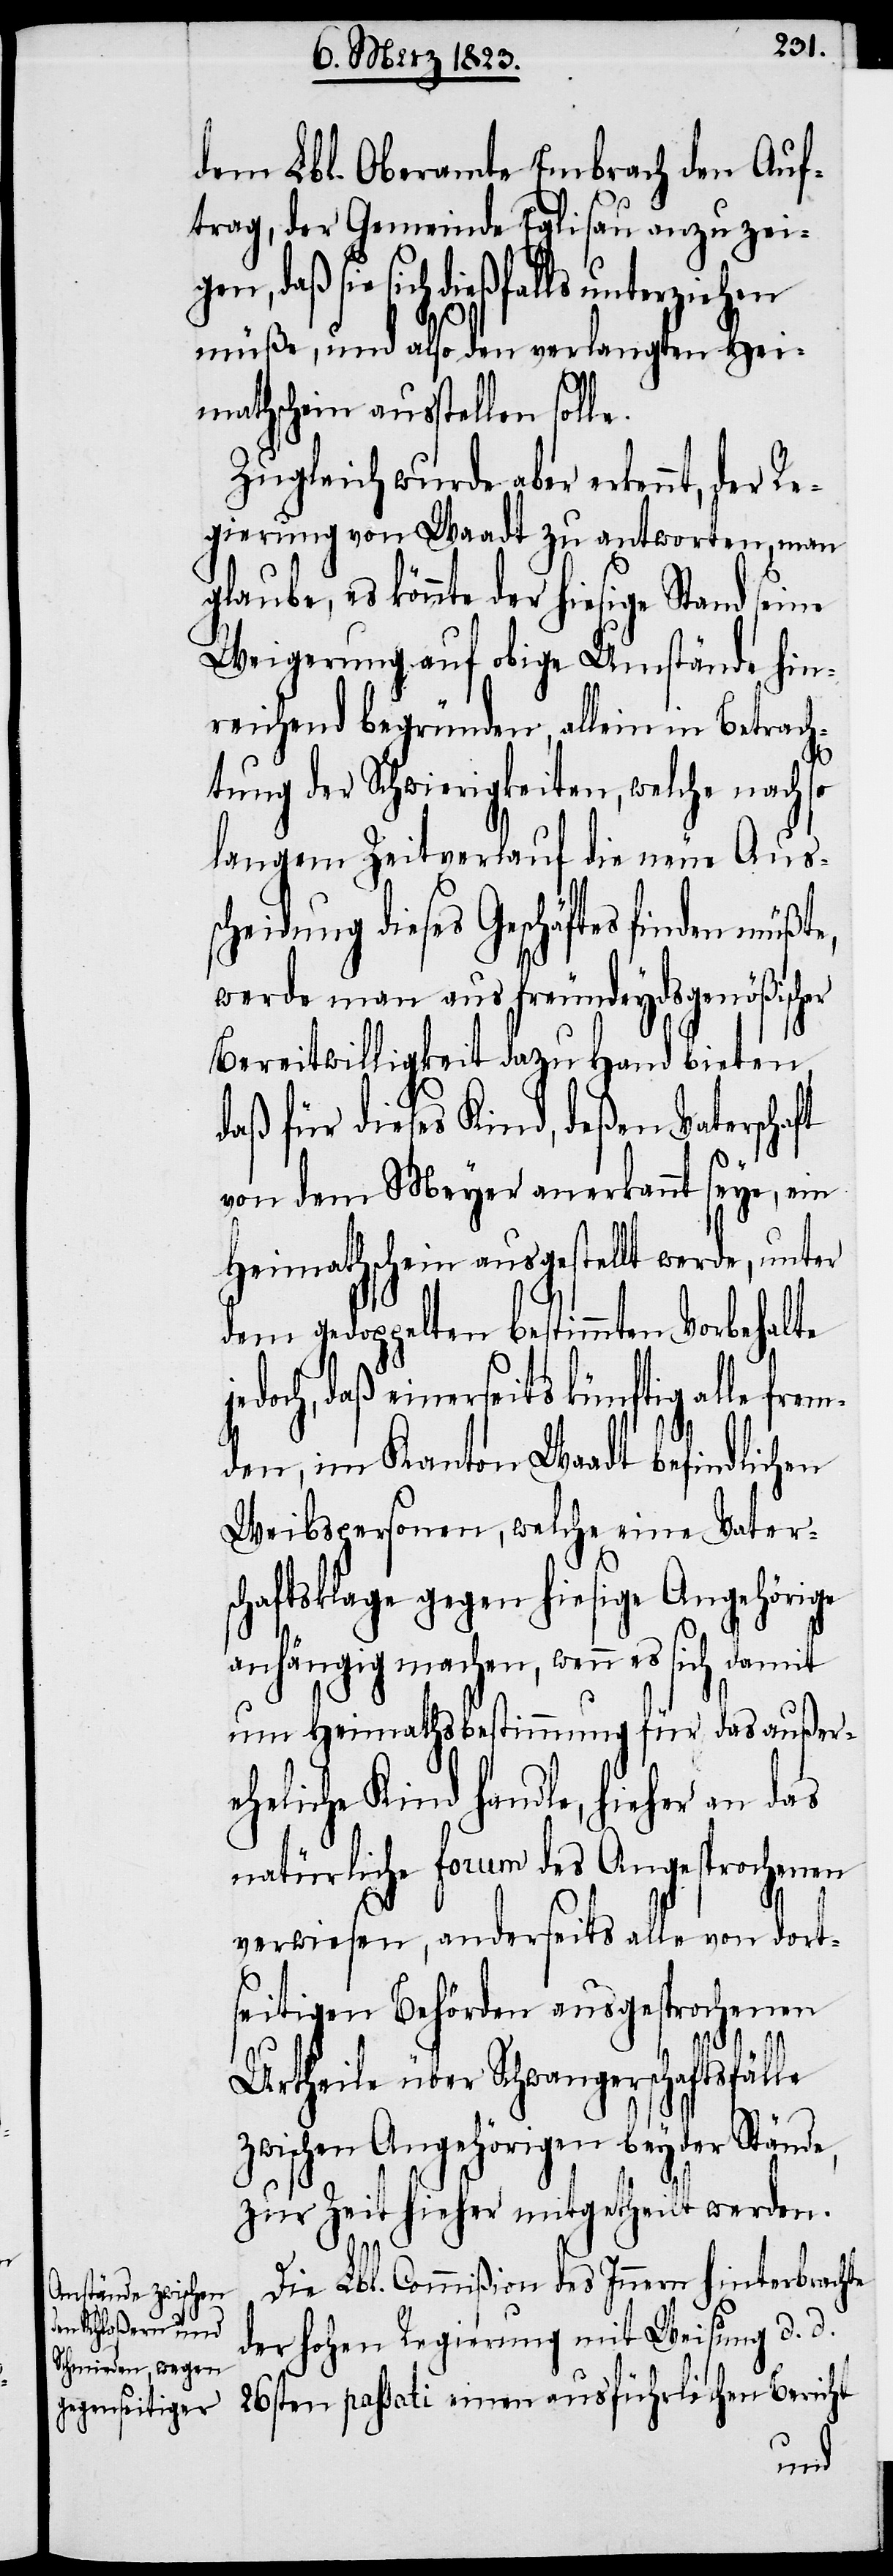
dem Lbl. Oberamte Embrach den Auf¬
trag, der Gemeinde Eglisau anzuzei¬
gen, daß sie sich dießfalls unterziehen
müße, und also den verlangten Hei¬
mathschein ausstellen sol¬
Zugleich wurde aber erkennt, der
Regierung von Waadt zu antworten, man
es könnte der hiesige Stand sei¬
Weigerung auf obige Umstände hin¬
reichend begründen, allein in Betrach¬
tung der Schwierigkeiten, welche nach so
langem Zeitverlauf die neue Auss¬
cheidung dieses Geschäftes finden
werde man aus freundeydsgenößischer
Bereitwilligkeit dazu Hand bieten,
daß für dieses Kind, deßen Vaterschaft
von dem Meyer anerkannt seye, ein
Heimathschein ausgestellt werde, unter
dem gedoppelten bestimmten Vorbehalte
doch, daß einerseits künftig alle fre¬
mden, im Kanton Waadt befindlichen
Weibspersonen, welche eine Vaters¬
chaftsklage gegen hiesige Angehörige
anhängig machen, wenn es sich damit
um Heimathsbestimmung für das außer¬
eheliche Kind handle, hieher an das
natürliche forum des Angesprochenen
verwiesen, anderseits alle von dort¬
seitigen Behörden ausgesprochenen
je¬
Urtheile über Schwangerschaftsfälle
zwischen Angehörigen beyder Stände,
zur Zeit hieher mitgetheilt werden.
Die Lbl. Commißion des Innern hinterbrachte
der hohen Regierung mit Weisung d. d.
26sten passati einen ausführlichen Bericht
ne